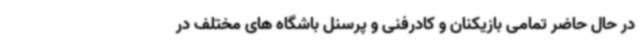
در حال حاضر تمامی بازیکنان و کادرفنی و پرسنل باشگاه های مختلف در